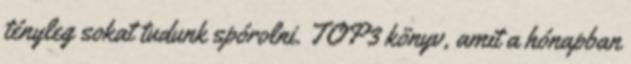
tényleg sokat tudunk spórolni. TOP3 könyv, amit a hónapban